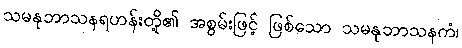
သမနုဘာသနရဟန်းတို့၏ အစွမ်းဖြင့် ဖြစ်သော သမနုဘာသနကံ၊